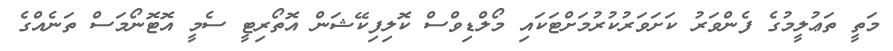
މަތީ ތަޢުލީމުގެ ފެންވަރު ކަށަވަރުކުރުމަށްޓަކައި މޯލްޑިވްސް ކޮލިފިކޭޝަން އޮތޯރިޓީ ސެމީ އޮޓޮނޯމަސް ތަނެއްގެ